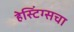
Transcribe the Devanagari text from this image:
हेस्टिंग्सचा